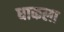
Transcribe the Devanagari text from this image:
धाकला